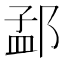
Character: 𮷫